342_HS1-416511228_319.1 Flying Discs 1949
Agency: Department of War
Incident date: 1/9/50
Page 87
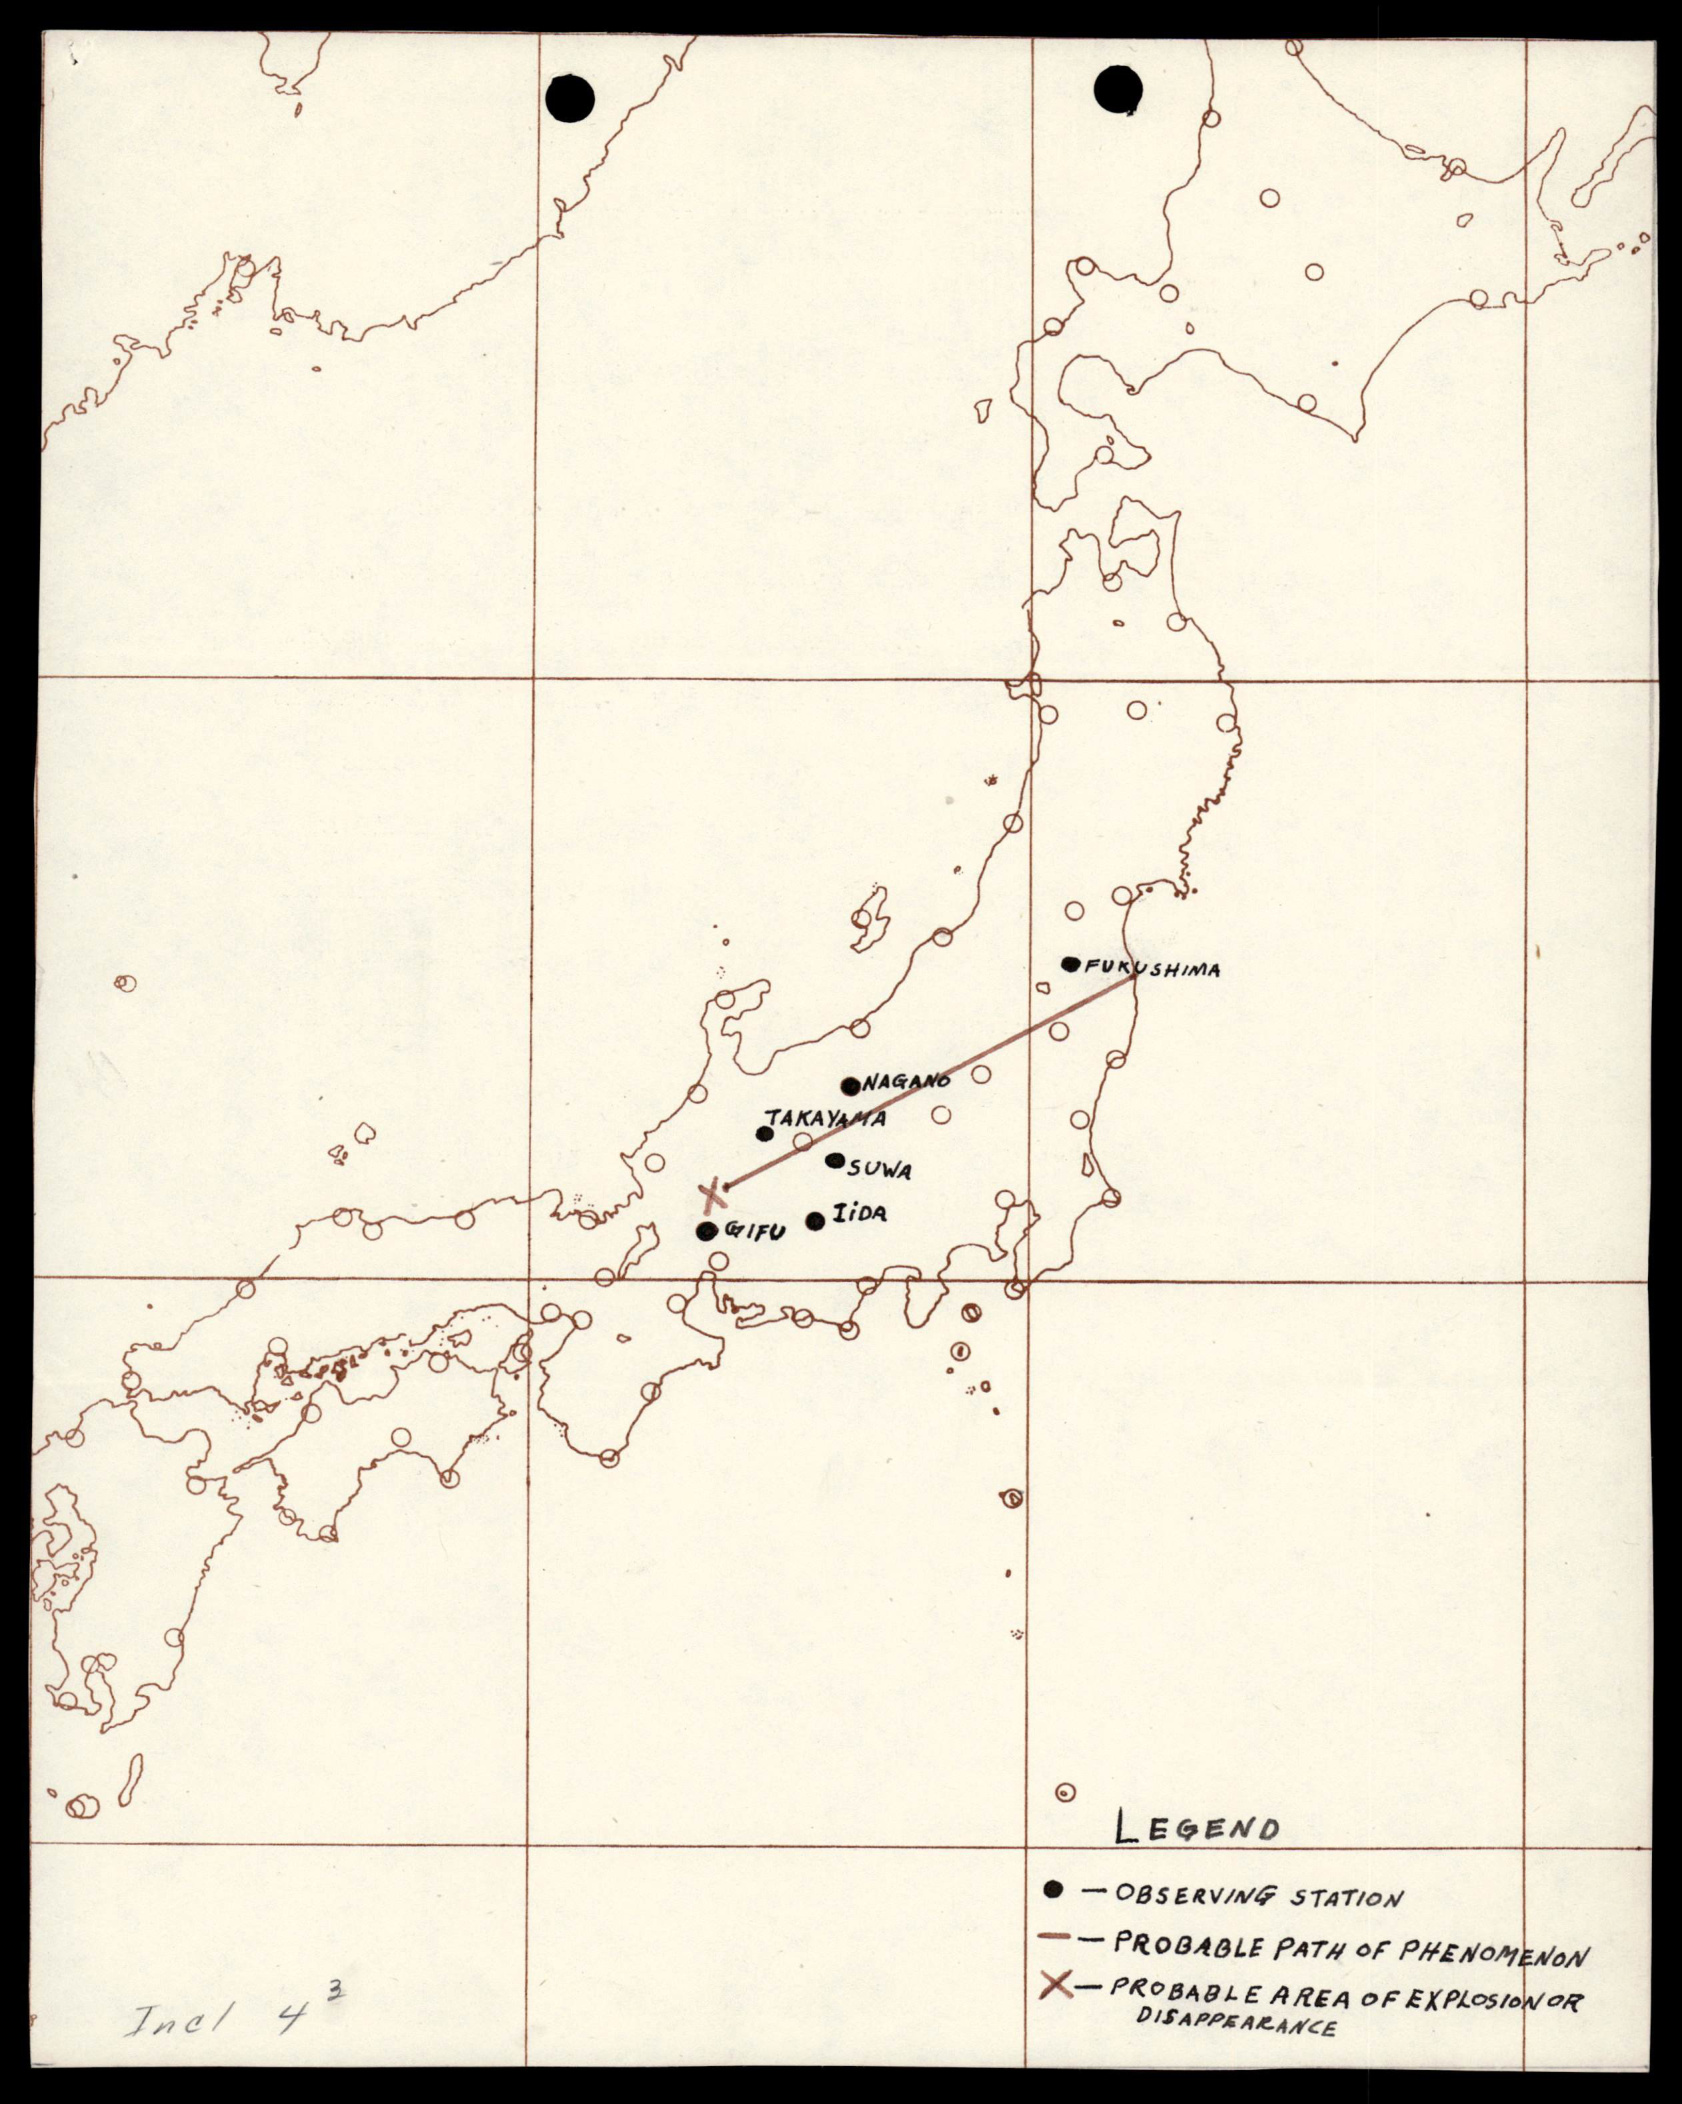